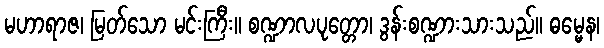
မဟာရာဇ၊ မြတ်သော မင်းကြီး။ စဏ္ဍာလပုတ္တော၊ ဒွန်းစဏ္ဍားသားသည်။ ဓမ္မေန၊